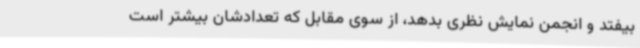
بیفتد و انجمن نمایش نظری بدهد، از سوی مقابل که تعدادشان بیشتر است